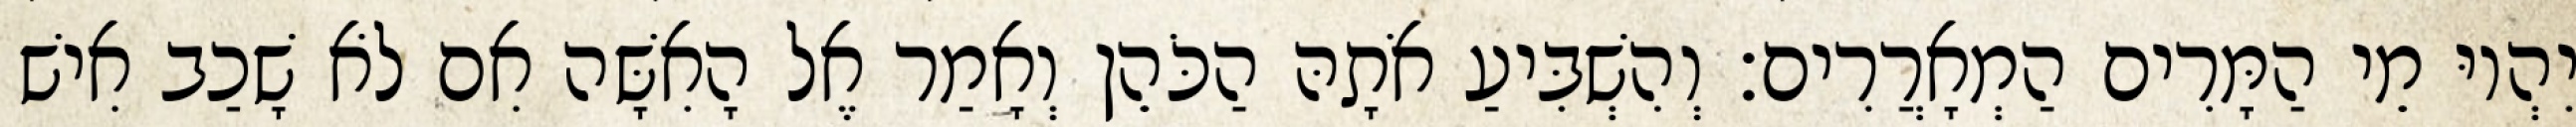
יִהְיוּ מֵי הַמָּרִים הַמְאָרֲרִים׃ וְהִשְׁבִּיעַ אֹתָהּ הַכֹּהֵן וְאָמַר אֶל הָאִשָּׁה אִם לֹא שָׁכַב אִישׁ